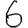
Digit: 6